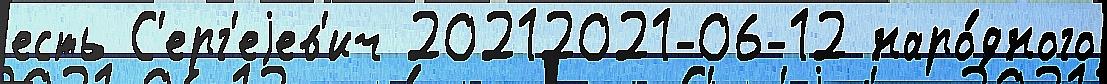
есть С'ерг'еjев'ич 20212021-06-12 наро́дного